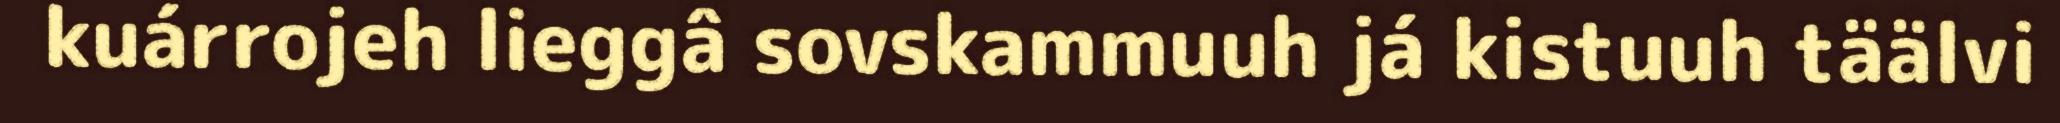
kuárrojeh lieggâ sovskammuuh já kistuuh täälvi